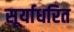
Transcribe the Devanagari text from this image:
सूर्याधरित